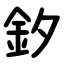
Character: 釸